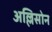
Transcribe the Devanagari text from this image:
अल्लिसोन